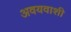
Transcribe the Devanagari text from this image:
अवयवाशी